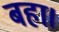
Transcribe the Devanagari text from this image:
बहा।